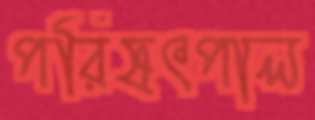
পরিষৎপাল